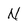
Character: N